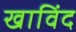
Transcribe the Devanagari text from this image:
खाविंद